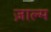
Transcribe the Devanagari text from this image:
ज़ाल्म